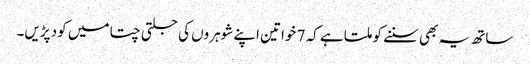
ساتھ یہ بھی سننے کو ملتا ہے کہ 7 خواتین اپنے شوہروں کی جلتی چتا میں کود پڑیں۔